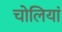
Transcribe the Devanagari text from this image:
चोलियां